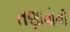
તણાવોથી